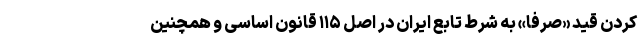
کردن قید «صرفاً» به شرط تابع ایران در اصل ۱۱۵ قانون اساسی و همچنین